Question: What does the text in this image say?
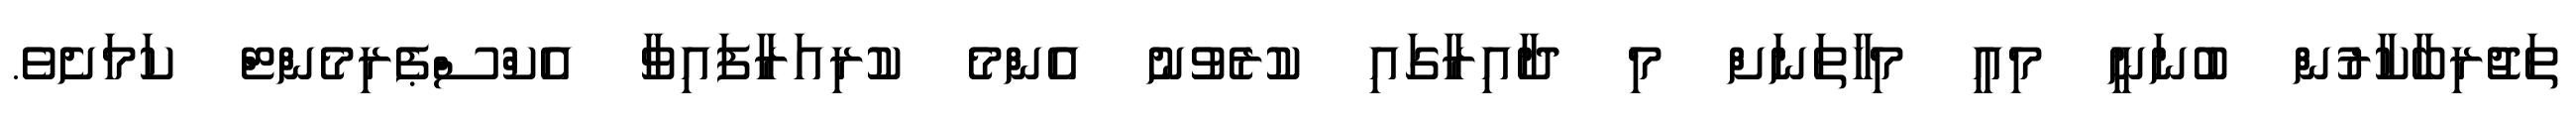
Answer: ތަޖުރިބާކާރުން ބުނަނީ މިއީ މިހާތަނަށް މި ދާއިރާގައި ކުރެވުނު އެންމެ ކުރިއަރާފައިވާ އެކްސްޕެރިމެންޓް ކަމަށެވެ.